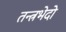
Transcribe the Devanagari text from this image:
तन्त्रभेदो